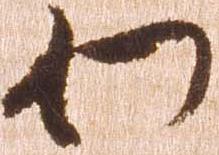
わ